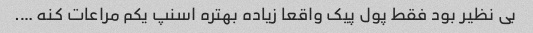
بی نظیر بود فقط پول پیک واقعا زیاده بهتره اسنپ یکم مراعات کنه ….